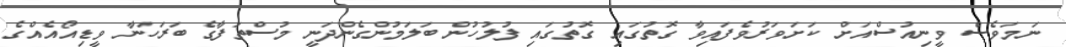
ނަމަވެސް ވީނިއުސްއަށް ކަށަވަރުވެފައިވާ ގޮތުގައި ގޮތުގައި ފުލުހުން ބަލަމުންގެންދަނީ މުސްތަފާގެ ބަރަހަނާ ވީޑިއޯއެއްގެ